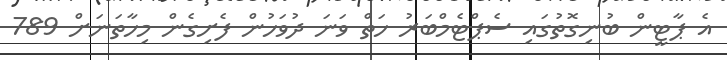
އެ ޕާޓީން ބުނިގޮތުގައި ސެޕްޓެމްބަރު ހަތް ވަނަ ދުވަހުން ފެށިގެން މިހާތަނަށް 789